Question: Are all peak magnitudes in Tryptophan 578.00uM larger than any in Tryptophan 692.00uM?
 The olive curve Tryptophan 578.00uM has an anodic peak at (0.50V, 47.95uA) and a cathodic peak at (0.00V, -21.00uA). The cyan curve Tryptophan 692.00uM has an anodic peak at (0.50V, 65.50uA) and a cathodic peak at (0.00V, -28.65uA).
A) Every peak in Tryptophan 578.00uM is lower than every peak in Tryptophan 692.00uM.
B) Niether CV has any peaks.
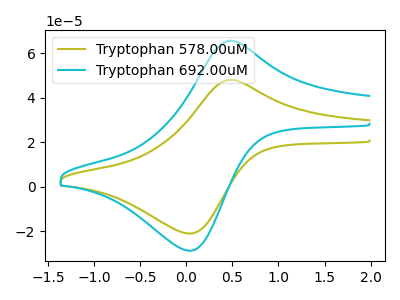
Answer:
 <answer>A) Every peak in "Tryptophan 578.00uM" is lower than every peak in "Tryptophan 692.00uM".</answer>
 <eval>A</eval>